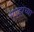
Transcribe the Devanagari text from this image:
सुएझच्या